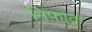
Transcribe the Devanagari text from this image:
निफ़ाक़